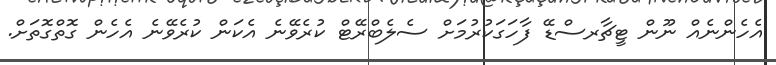
އެހެންނެއް ނޫން ޓީޗާރސްޑޭ ފާހަގަކުރުމަށް ސެލެބްރޭޓް ކުރެވޭނެ އެކަން ކުރެވޭނެ އެހެން ގޮތްގޮތަށް.